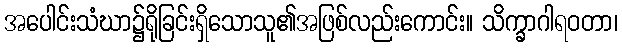
အပေါင်းသံဃာ၌ရိုခြင်းရှိသောသူ၏အဖြစ်လည်းကောင်း။ သိက္ခာဂါရဝတာ၊